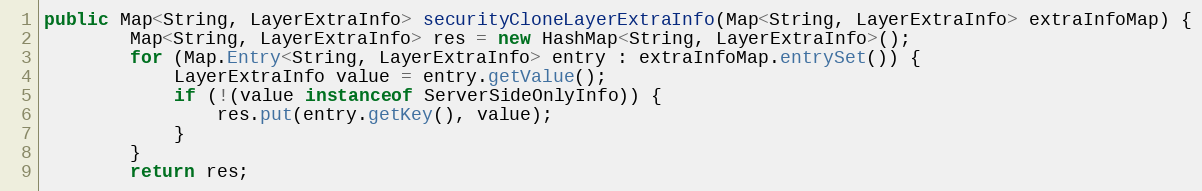
Language: Java
public Map<String, LayerExtraInfo> securityCloneLayerExtraInfo(Map<String, LayerExtraInfo> extraInfoMap) {
		Map<String, LayerExtraInfo> res = new HashMap<String, LayerExtraInfo>();
		for (Map.Entry<String, LayerExtraInfo> entry : extraInfoMap.entrySet()) {
			LayerExtraInfo value = entry.getValue();
			if (!(value instanceof ServerSideOnlyInfo)) {
				res.put(entry.getKey(), value);
			}
		}
		return res;